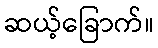
ဆယ့်ခြောက်။